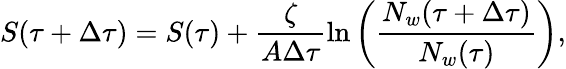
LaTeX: S(\tau+\Delta\tau)=S(\tau)+\frac{\zeta}{A\Delta\tau}\ln{\left(\frac{N_{w}(\tau+\Delta\tau)}{N_{w}(\tau)}\right)},